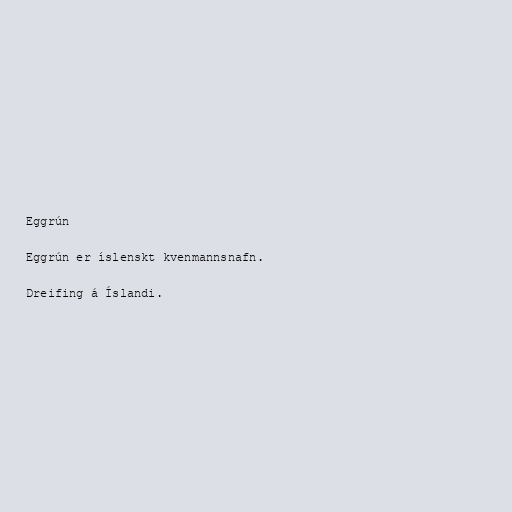
Eggrún

Eggrún er íslenskt kvenmannsnafn.

Dreifing á Íslandi.